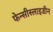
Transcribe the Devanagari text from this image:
फेन्सीस्लाइडीन